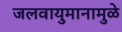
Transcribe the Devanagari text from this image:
जलवायुमानामुळे